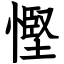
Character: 慳